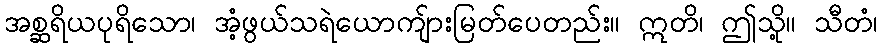
အစ္ဆရိယပုရိသော၊ အံ့ဖွယ်သရဲယောကျ်ားမြတ်ပေတည်း။ ဣတိ၊ ဤသို့။ သီတံ၊